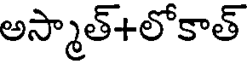
అస్మాత్+లోకాత్